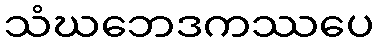
သံဃဘေဒကဿပေ